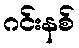
ဂင်းနစ်